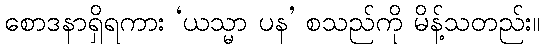
စောဒနာရှိရကား ‘ယသ္မာ ပန’ စသည်ကို မိန့်သတည်း။